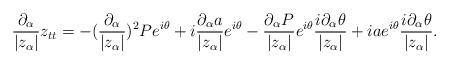
LaTeX: \begin{align*}\frac {\partial_\alpha }{|z_\alpha|} z_{tt}=-(\frac {\partial_\alpha }{|z_\alpha|})^2P e^{i\theta}+i\frac {\partial_\alpha a}{|z_\alpha|}e^{i\theta}-\frac {\partial_\alpha P}{|z_\alpha|} e^{i\theta} \frac {i\partial_\alpha\theta }{|z_\alpha|}+iae^{i\theta}\frac {i\partial_\alpha\theta }{|z_\alpha|}.\end{align*}